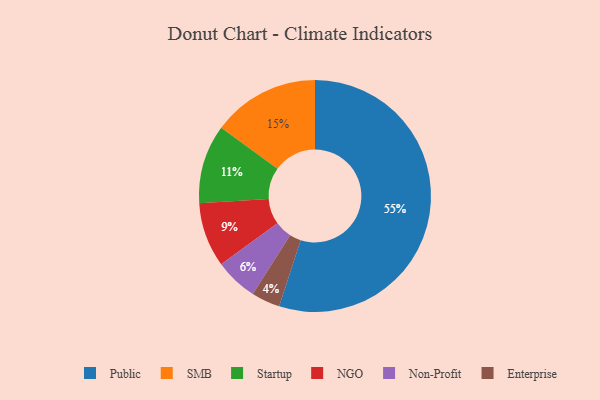
{"axis": {"x": "Category", "y": "Percentage"}, "legend": ["Enterprise", "NGO", "Non-Profit", "Public", "SMB", "Startup"], "data": [{"x": "Startup", "y": 11, "type": "Startup"}, {"x": "Non-Profit", "y": 6, "type": "Non-Profit"}, {"x": "NGO", "y": 9, "type": "NGO"}, {"x": "SMB", "y": 15, "type": "SMB"}, {"x": "Public", "y": 55, "type": "Public"}, {"x": "Enterprise", "y": 4, "type": "Enterprise"}]}